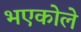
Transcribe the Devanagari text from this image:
भएकोले